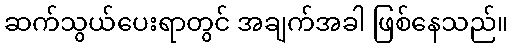
ဆက်သွယ်ပေးရာတွင် အချက်အခါ ဖြစ်နေသည်။